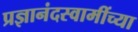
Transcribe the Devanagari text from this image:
प्रज्ञानंदस्वामींच्या